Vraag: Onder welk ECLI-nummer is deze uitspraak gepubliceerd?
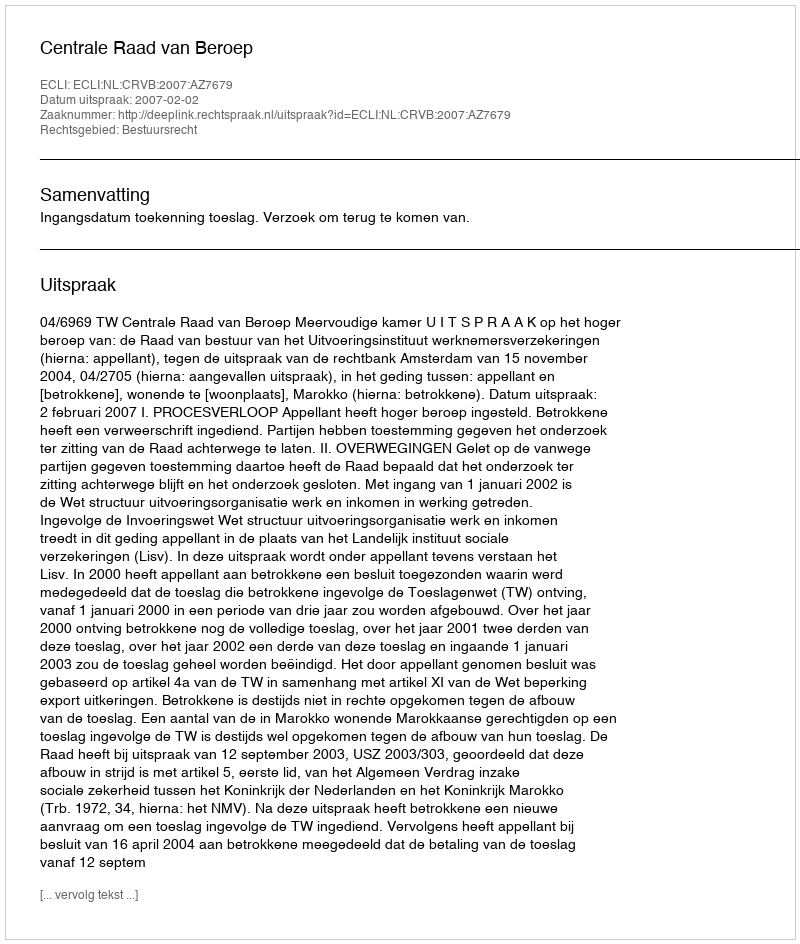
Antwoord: ECLI:NL:CRVB:2007:AZ7679